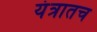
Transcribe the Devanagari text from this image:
यंत्रातच